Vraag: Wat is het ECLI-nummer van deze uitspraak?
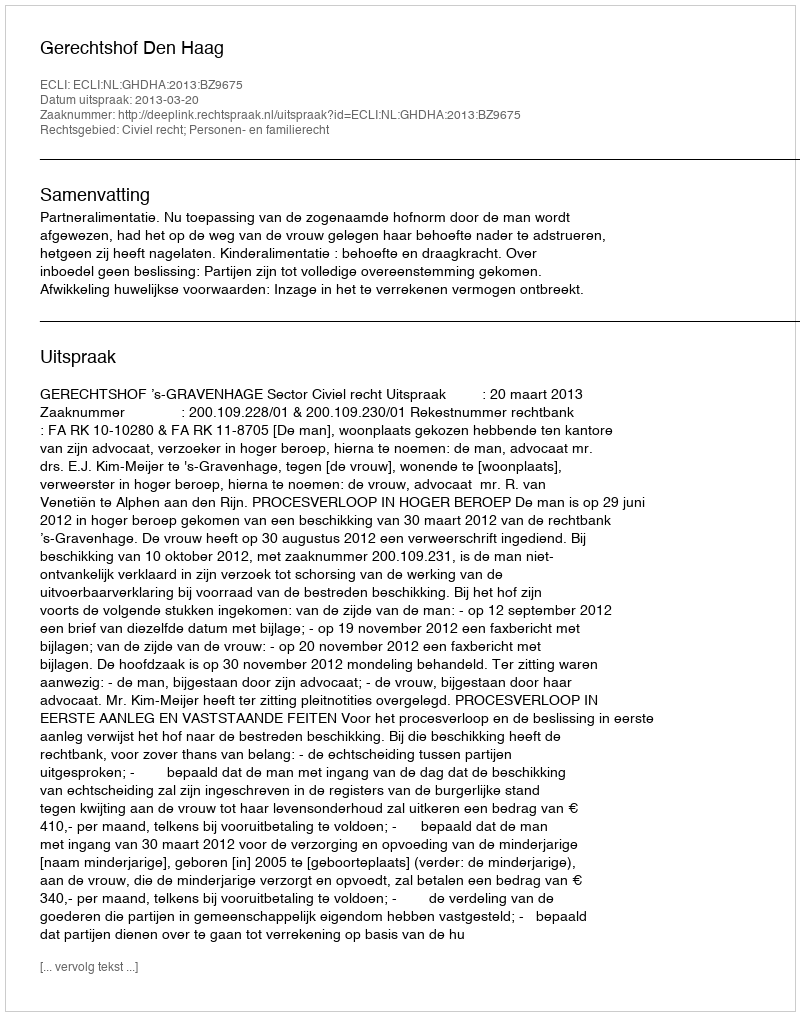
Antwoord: ECLI:NL:GHDHA:2013:BZ9675